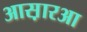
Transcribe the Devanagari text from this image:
आस़ारआ